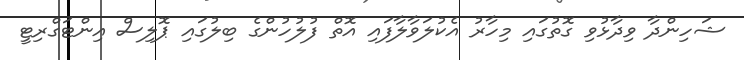
ޝަހިންދާ ވިދާޅުވި ގޮތުގައި މިހާރު އެކުލަވާލާފައި އޮތް ފުލުހުންގެ ބިލުގައި ޕޮލިސް އިންޓަގްރިޓީ